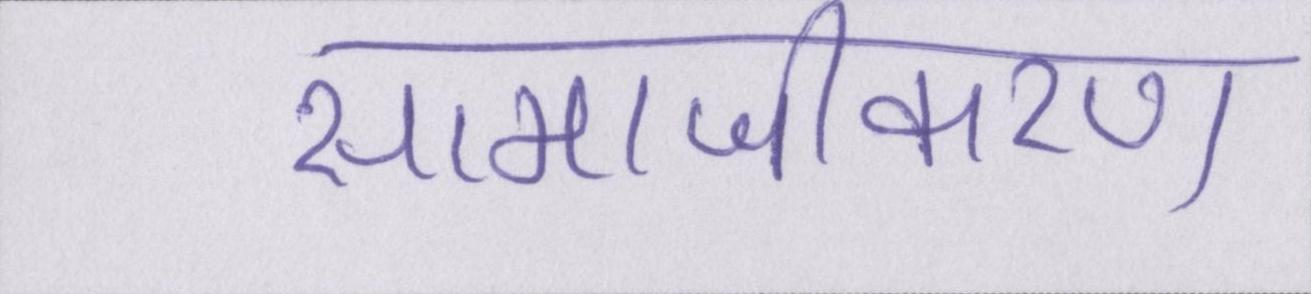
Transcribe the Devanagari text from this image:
सामाजीकरण